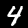
Digit: 4